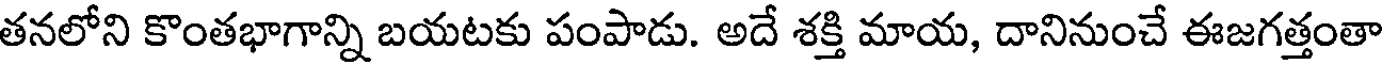
తనలోని కొంతభాగాన్ని బయటకు పంపాడు. అదే శక్తి మాయ, దానినుంచే ఈజగత్తంతా